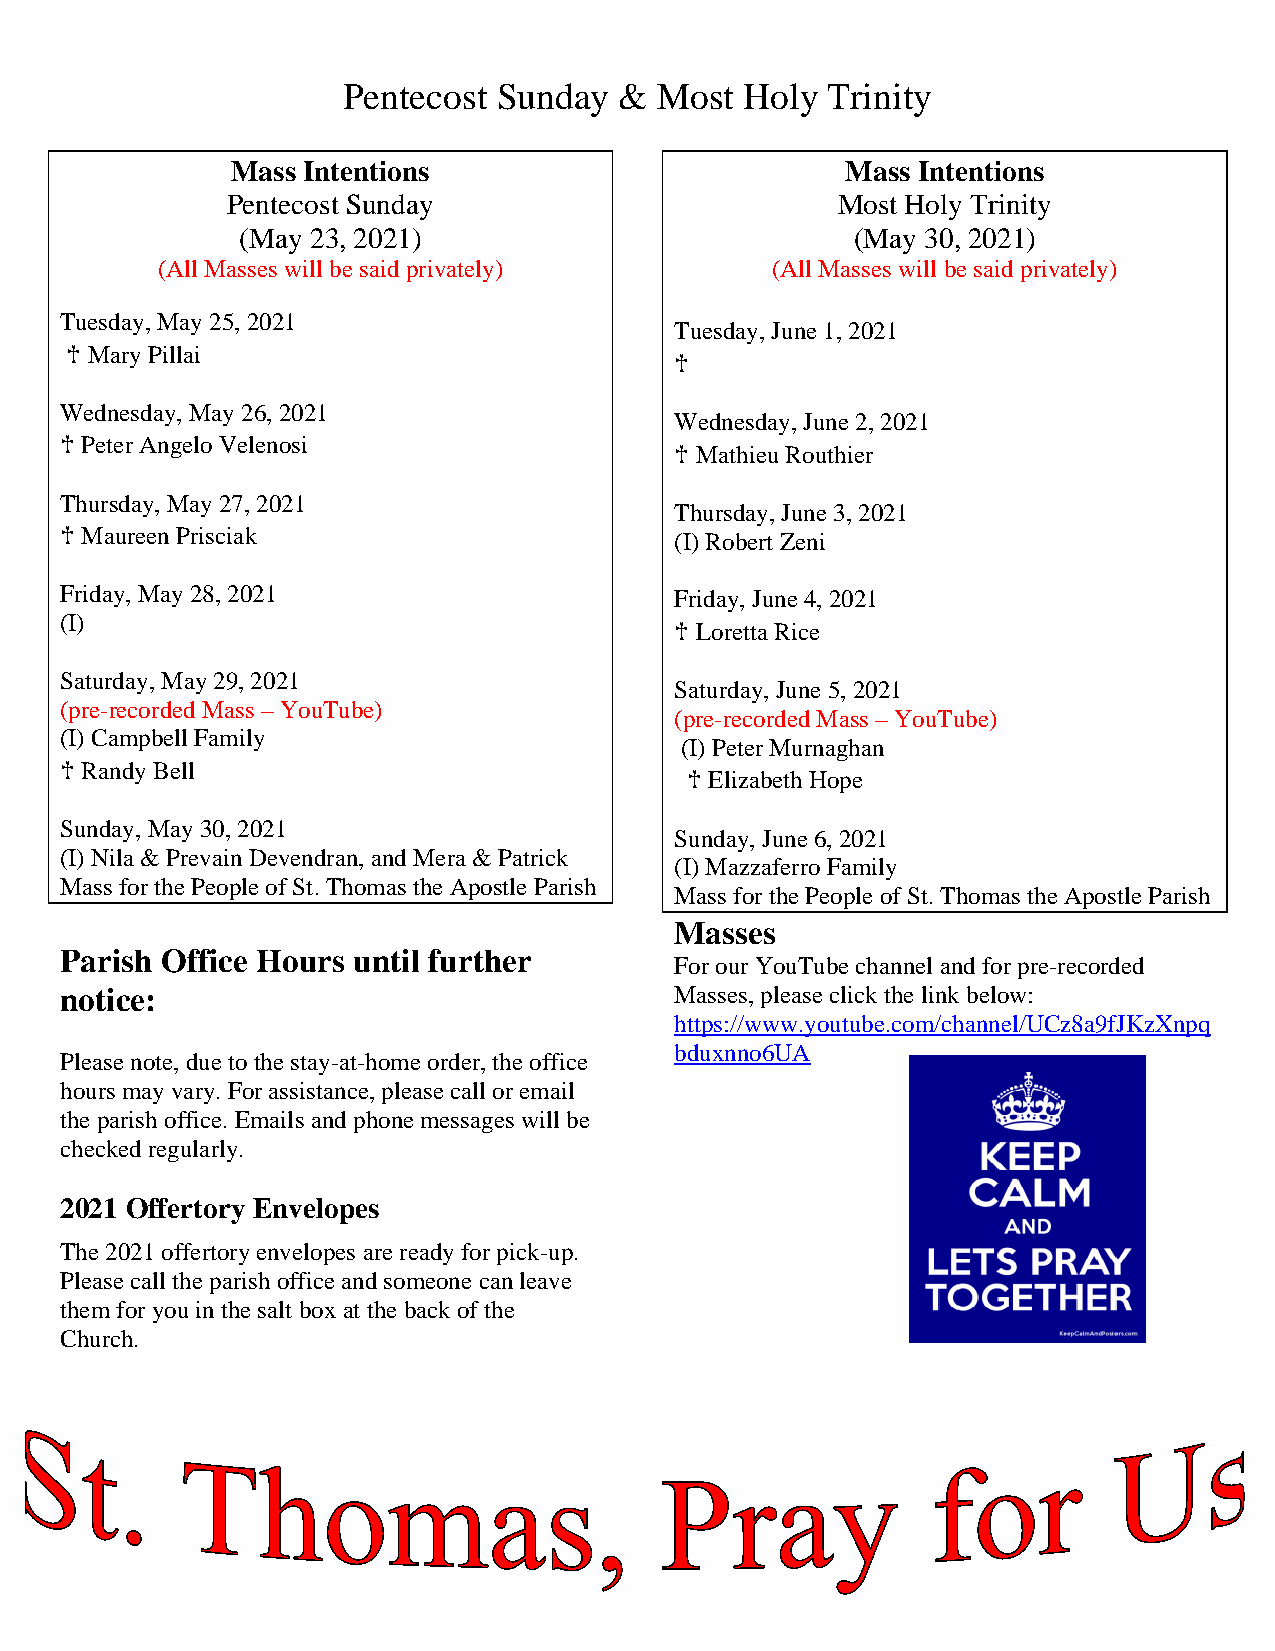
Pentecost Sunday  &  Most Holy  Trinity
 Mass Intentions                          Mass Intentions
 Pentecost Sunday                        Most Holy Trinity
 (May 23, 2021)                           (May 30, 2021)
 (All Masses will be said privately)      (All Masses will be said privately)
 Tuesday, May 25, 2021
 Tuesday, June 1, 2021
 ♰ Mary Pillai
 ♰
 Wednesday, May 26, 2021
 Wednesday, June 2, 2021
 ♰ Peter Angelo Velenosi
 ♰ Mathieu Routhier
 Thursday, May 27, 2021
 Thursday, June 3, 2021
 ♰ Maureen Prisciak                       (I) Robert Zeni
 Friday, May 28, 2021                     Friday, June 4, 2021
 (I)
 ♰ Loretta Rice
 Saturday, May 29, 2021
 Saturday, June 5, 2021
 (pre-recorded Mass – YouTube)
 (pre-recorded Mass – YouTube)
 (I) Campbell Family
 (I) Peter Murnaghan
 ♰ Randy Bell
 ♰ Elizabeth Hope
 Sunday, May 30, 2021
 Sunday, June 6, 2021
 (I) Nila & Prevain Devendran, and Mera & Patrick
 (I) Mazzaferro Family
 Mass for the People of St. Thomas the Apostle Parish
 Mass for the People of St. Thomas the Apostle Parish
 Masses
 Parish Office Hours until further
 For our YouTube channel and for pre-recorded
 notice:                                  Masses, please click the link below:
 https://www.youtube.com/channel/UCz8a9fJKzXnpq
 bduxnno6UA
 Please note, due to the stay-at-home order, the office
 hours may vary. For assistance, please call or email
 the parish office. Emails and phone messages will be
 checked regularly.
 2021 Offertory Envelopes
 The 2021 offertory envelopes are ready for pick-up.
 Please call the parish office and someone can leave
 them for you in the salt box at the back of the
 Church.